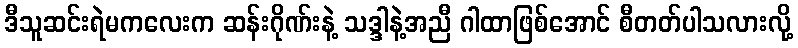
ဒီသူဆင်းရဲမကလေးက ဆန်းဂိုဏ်းနဲ့ သဒ္ဒါနဲ့အညီ ဂါထာဖြစ်အောင် စီတတ်ပါသလားလို့